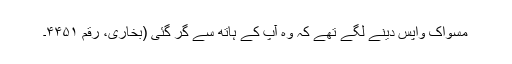
مسواک واپس دینے لگے تھے کہ وہ آپ کے ہاتھ سے گر گئی (بخاری، رقم ۴۴۵۱۔